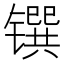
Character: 𰾼